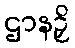
ဌာနဉှိ